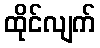
ထိုင်လျက်